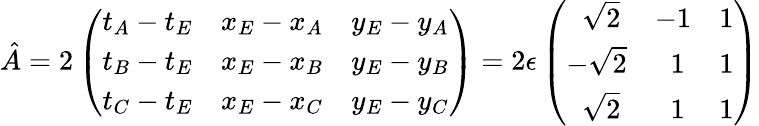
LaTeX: \hat{A}=2\left(\begin{array}{lll}{t_{A}-t_{E}}&{x_{E}-x_{A}}&{y_{E}-y_{A}}\\ {t_{B}-t_{E}}&{x_{E}-x_{B}}&{y_{E}-y_{B}}\\ {t_{C}-t_{E}}&{x_{E}-x_{C}}&{y_{E}-y_{C}}\end{array}\right)=2\epsilon\left(\begin{array}{lll}{\; \; \sqrt 2}&{-1}&{1}\\ {-\sqrt 2}&{\; \; 1}&{1}\\ {\; \; \sqrt 2}&{\; \; 1}&{1}\end{array}\right)